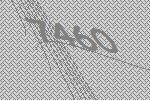
7460